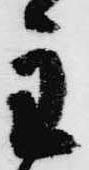
主